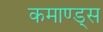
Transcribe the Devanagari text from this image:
कमाण्ड्स